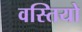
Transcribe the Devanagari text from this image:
वस्तियो